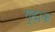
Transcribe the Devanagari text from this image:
गुह्मक